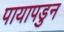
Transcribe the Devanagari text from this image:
पायापडुन